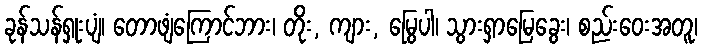
ခုန်သန်ရှုးပျံ၊ တောဖျံကြောင်ဘား၊ တိုး, ကျား, မြွေပါ၊ သွားရှာမြေခွေး၊ စည်းဝေးအတူ၊